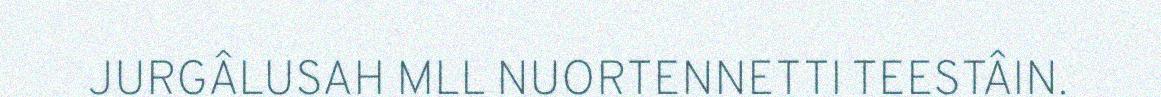
JURGÂLUSAH MLL NUORTENNETTI TEESTÂIN.